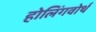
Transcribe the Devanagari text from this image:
होलिंगवोर्थ